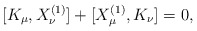
\begin{align*}[K_\mu,X_{\nu}^{(1)}]+[X_{\mu}^{(1)},K_\nu]=0,\end{align*}